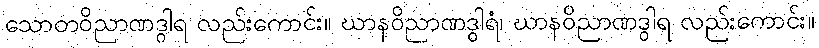
သောတဝိညာဏဒွါရ လည်းကောင်း။ ဃာနဝိညာဏဒွါရံ၊ ဃာနဝိညာဏဒွါရ လည်းကောင်း။